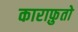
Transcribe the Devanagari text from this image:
काराफ़ुतो